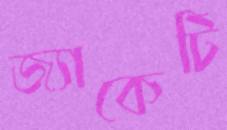
জ্যাকেটি